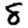
Digit: 8